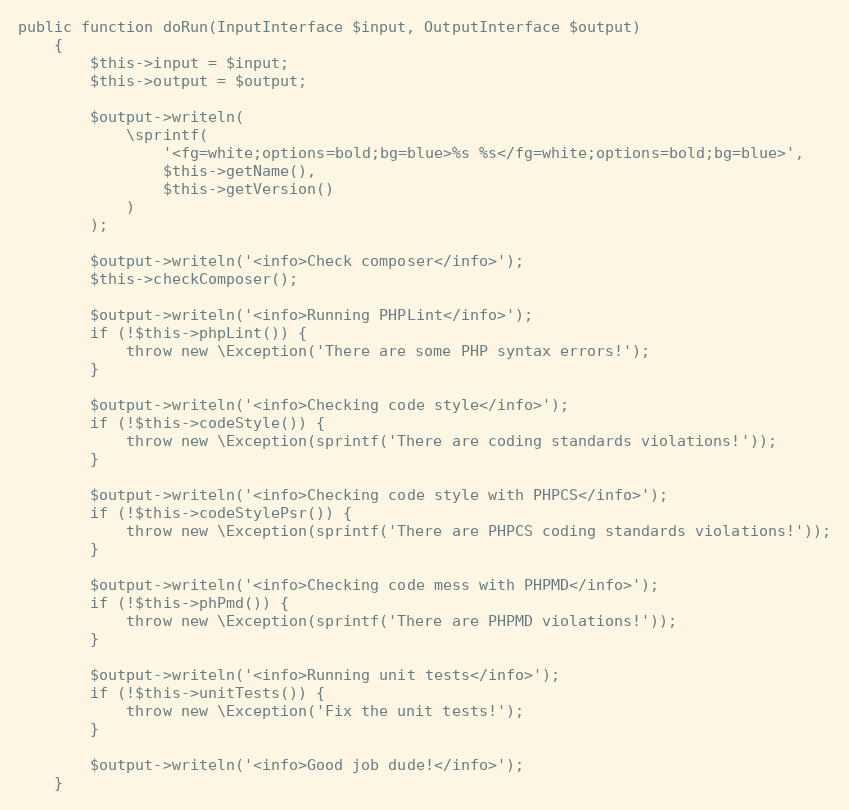
Language: PHP
public function doRun(InputInterface $input, OutputInterface $output)
    {
        $this->input = $input;
        $this->output = $output;

        $output->writeln(
            \sprintf(
                '<fg=white;options=bold;bg=blue>%s %s</fg=white;options=bold;bg=blue>',
                $this->getName(),
                $this->getVersion()
            )
        );

        $output->writeln('<info>Check composer</info>');
        $this->checkComposer();

        $output->writeln('<info>Running PHPLint</info>');
        if (!$this->phpLint()) {
            throw new \Exception('There are some PHP syntax errors!');
        }

        $output->writeln('<info>Checking code style</info>');
        if (!$this->codeStyle()) {
            throw new \Exception(sprintf('There are coding standards violations!'));
        }

        $output->writeln('<info>Checking code style with PHPCS</info>');
        if (!$this->codeStylePsr()) {
            throw new \Exception(sprintf('There are PHPCS coding standards violations!'));
        }

        $output->writeln('<info>Checking code mess with PHPMD</info>');
        if (!$this->phPmd()) {
            throw new \Exception(sprintf('There are PHPMD violations!'));
        }

        $output->writeln('<info>Running unit tests</info>');
        if (!$this->unitTests()) {
            throw new \Exception('Fix the unit tests!');
        }

        $output->writeln('<info>Good job dude!</info>');
    }